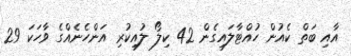
އާއި ބަތް ކެއުން ހުއްޓާލައިގެން 42 ކިލޯ ލުއިކުރި އަންހެނެއްގެ ވާހަކަ 29